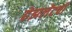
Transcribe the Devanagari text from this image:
हेझलेटची